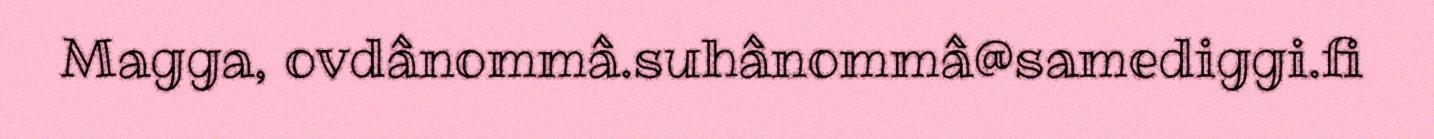
Magga, ovdânommâ.suhânommâ@samediggi.fi